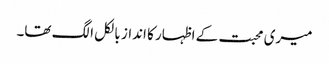
میری محبت کے اظہار کا انداز بالکل الگ تھا۔